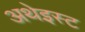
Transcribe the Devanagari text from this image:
अथेइस्ट